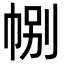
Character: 𢃉